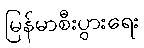
မြန်မာစီးပွားရေး